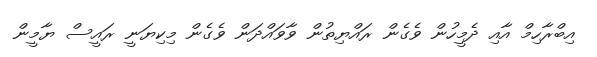
އިބްރާހިމް އާއި ދެމީހުން ވެގެން ރައްޔިތުން ވާވައްދަން ވެގެން މިކިޔަނީ ރައީސް ޔާމީން